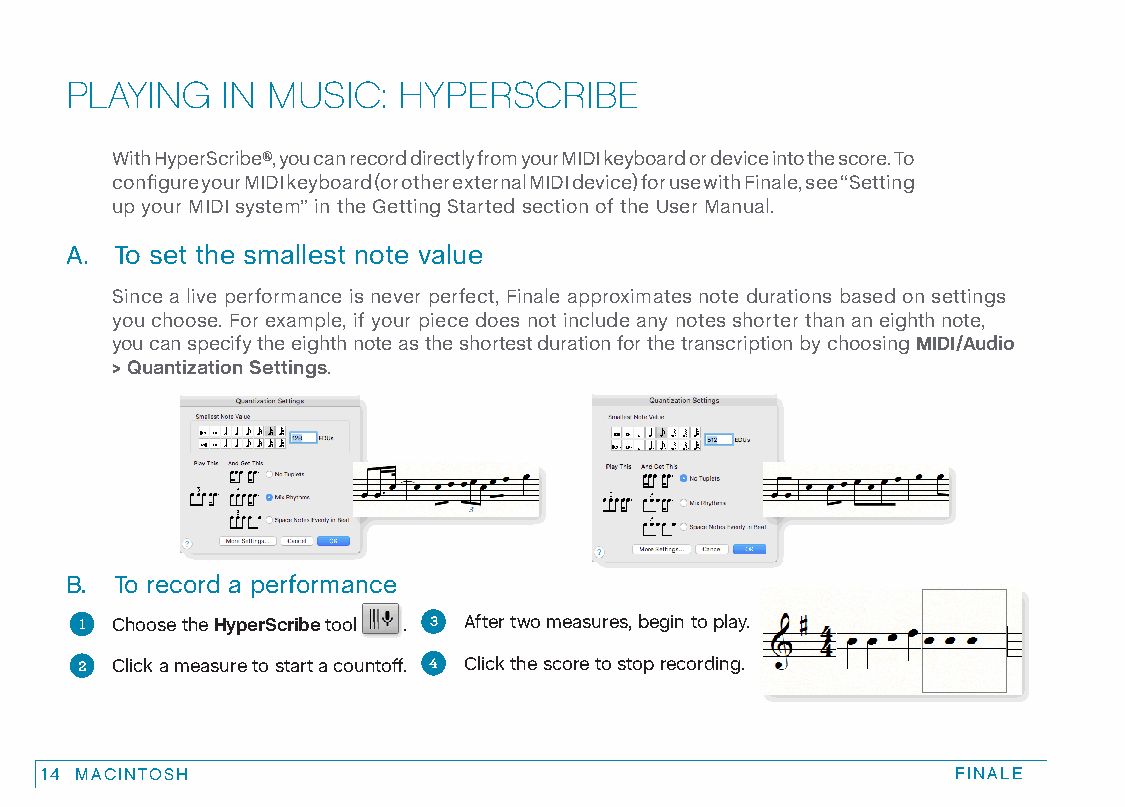
PLAYING    IN MUSIC:  HYPERSCRIBE
 With HyperScribe®, you can record directly from your MIDI keyboard or device into the score. To
 configure your MIDI keyboard (or other external MIDI device) for use with Finale, see “Setting
 up your MIDI system” in the Getting Started section of the User Manual.
 A.  To set the smallest note value
 Since a live performance is never perfect, Finale approximates note durations based on settings
 you choose. For example, if your piece does not include any notes shorter than an eighth note,
 you can specify the eighth note as the shortest duration for the transcription by choosing MIDI/Audio
 > Quantization Settings.
 B.  To record a performance
 1 Choose the HyperScribe tool . 3 After two measures, begin to play.
 2 Click a measure to start a countoff. 4 Click the score to stop recording.
 14 MACINTOSH                                                FINALE